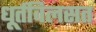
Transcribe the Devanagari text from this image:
धूर्तविलसत